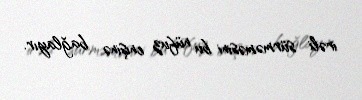
irəli sürməməsini bu nüfuz enişinə bağlayır.